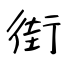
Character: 街